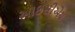
આઇસીએચ